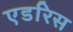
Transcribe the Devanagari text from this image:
एडरिस